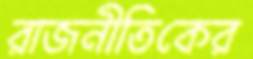
রাজনীতিকের